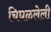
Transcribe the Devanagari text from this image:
चिघळलेली